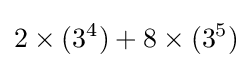
2\times (3^{4})+8\times (3^{5})